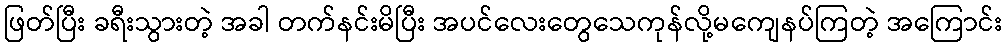
ဖြတ်ပြီး ခရီးသွားတဲ့ အခါ တက်နင်းမိပြီး အပင်လေးတွေသေကုန်လို့မကျေနပ်ကြတဲ့ အကြောင်း